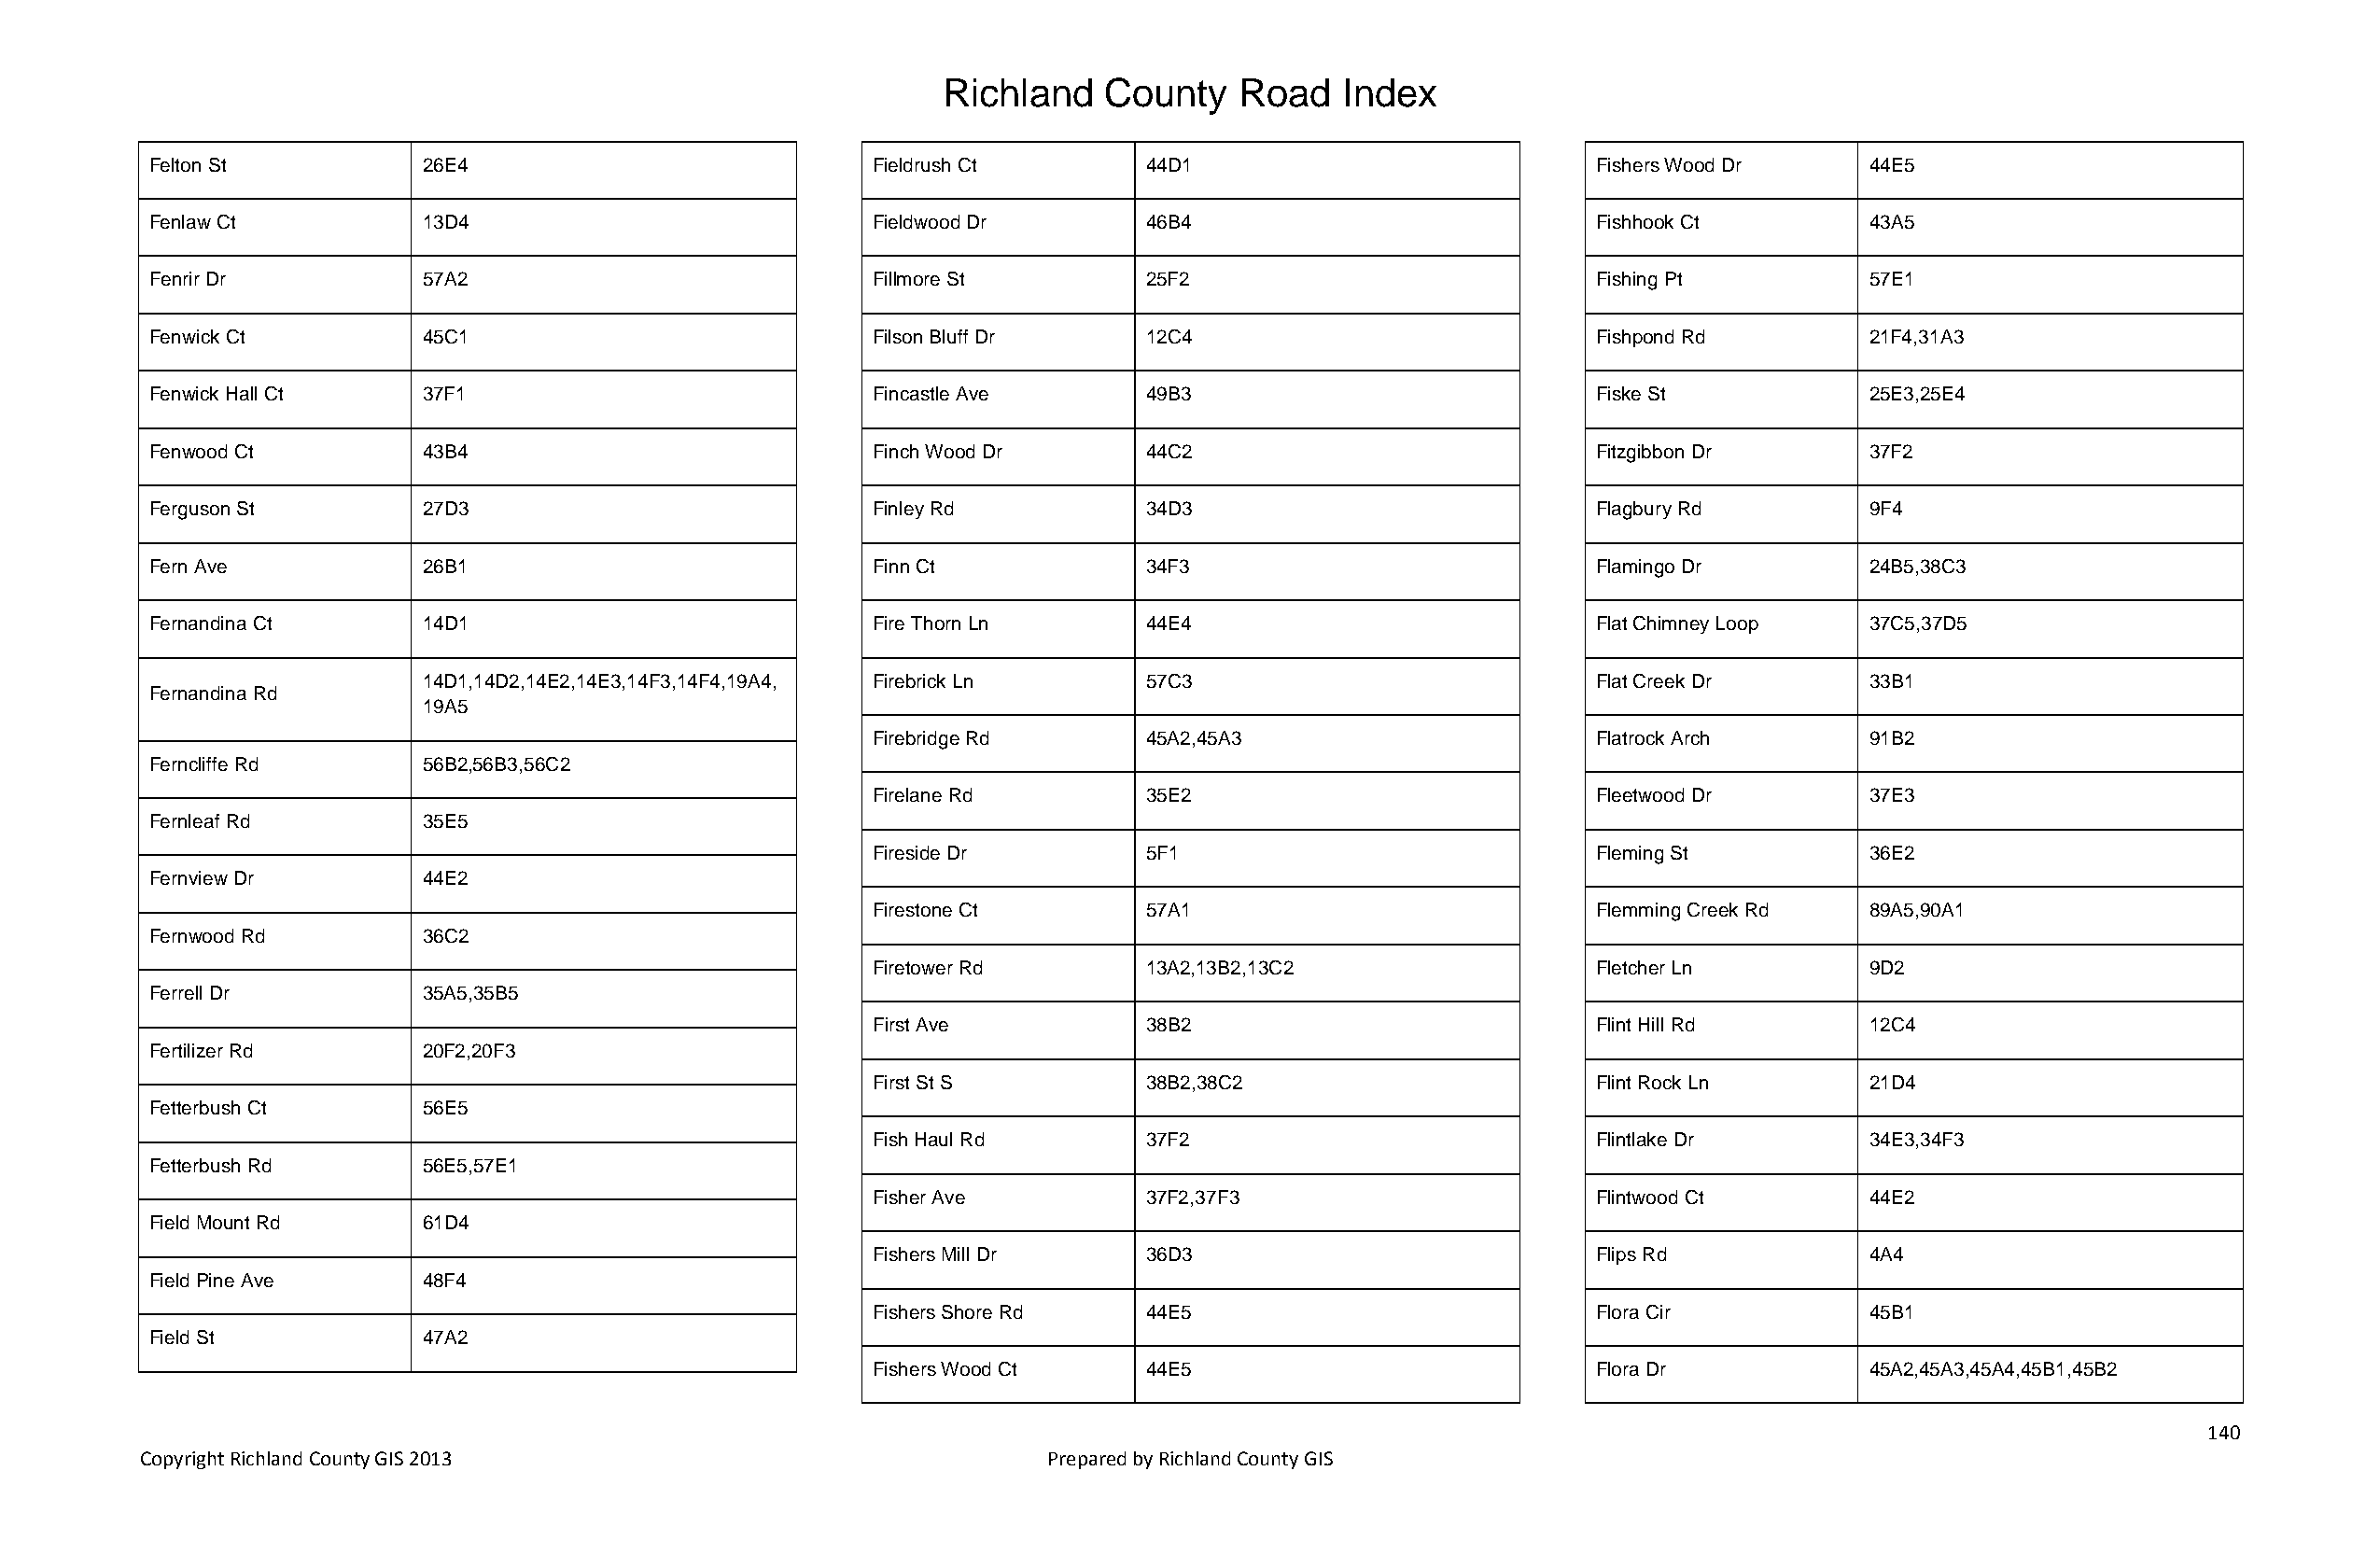
Richland   County    Road   Index
 Felton St          26E4                            Fieldrush Ct       44D1                            Fishers Wood Dr     44E5
 Fenlaw Ct          13D4                            Fieldwood Dr       46B4                            Fishhook Ct         43A5
 Fenrir Dr          57A2                            Fillmore St        25F2                            Fishing Pt          57E1
 Fenwick Ct         45C1                            Filson Bluff Dr    12C4                            Fishpond Rd         21F4,31A3
 Fenwick Hall Ct    37F1                            Fincastle Ave      49B3                            Fiske St            25E3,25E4
 Fenwood Ct         43B4                            Finch Wood Dr      44C2                            Fitzgibbon Dr       37F2
 Ferguson St        27D3                            Finley Rd          34D3                            Flagbury Rd         9F4
 Fern Ave           26B1                            Finn Ct            34F3                            Flamingo Dr         24B5,38C3
 Fernandina Ct      14D1                            Fire Thorn Ln      44E4                            Flat Chimney Loop   37C5,37D5
 14D1,14D2,14E2,14E3,14F3,14F4,19A4, Firebrick Ln   57C3                            Flat Creek Dr       33B1
 Fernandina Rd
 19A5
 Firebridge Rd      45A2,45A3                       Flatrock Arch       91B2
 Ferncliffe Rd      56B2,56B3,56C2
 Firelane Rd        35E2                            Fleetwood Dr        37E3
 Fernleaf Rd        35E5
 Fireside Dr        5F1                             Fleming St          36E2
 Fernview Dr        44E2
 Firestone Ct       57A1                            Flemming Creek Rd   89A5,90A1
 Fernwood Rd        36C2
 Firetower Rd       13A2,13B2,13C2                  Fletcher Ln         9D2
 Ferrell Dr         35A5,35B5
 First Ave          38B2                            Flint Hill Rd       12C4
 Fertilizer Rd      20F2,20F3
 First St S         38B2,38C2                       Flint Rock Ln       21D4
 Fetterbush Ct      56E5
 Fish Haul Rd       37F2                            Flintlake Dr        34E3,34F3
 Fetterbush Rd      56E5,57E1
 Fisher Ave         37F2,37F3                       Flintwood Ct        44E2
 Field Mount Rd     61D4
 Fishers Mill Dr    36D3                            Flips Rd            4A4
 Field Pine Ave     48F4
 Fishers Shore Rd   44E5                            Flora Cir           45B1
 Field St           47A2
 Fishers Wood Ct    44E5                            Flora Dr            45A2,45A3,45A4,45B1,45B2
 140
 Copyright Richland County GIS 2013                              Prepared by Richland County GIS